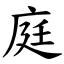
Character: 庭